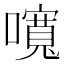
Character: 𡂷